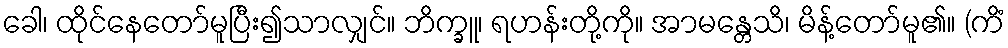
ခေါ၊ ထိုင်နေတော်မူပြီး၍သာလျှင်။ ဘိက္ခူ၊ ရဟန်းတို့ကို။ အာမန္တေသိ၊ မိန့်တော်မူ၏။ (ကိံ